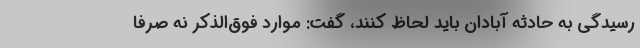
رسیدگی به حادثه آبادان باید لحاظ کنند، گفت: موارد فوق‌الذکر نه صرفاً